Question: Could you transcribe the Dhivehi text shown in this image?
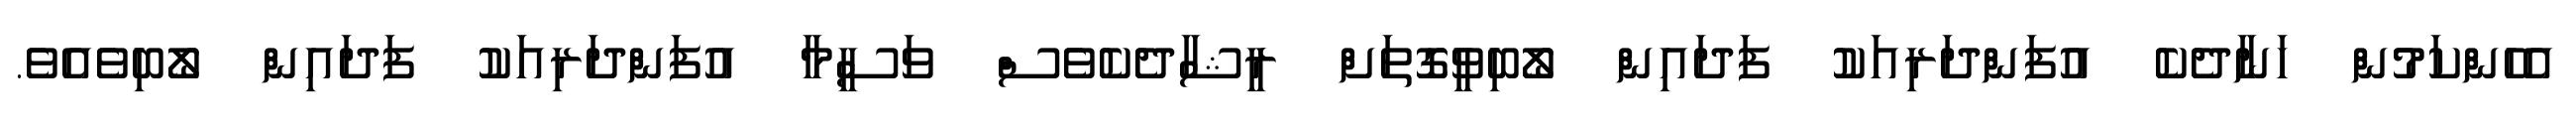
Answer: އެހެންކަމުން ހަނާދެކެ އުފަންދަރިއަކު ފަދައިން ލޯބިވީގޮތަށް ރީޝާދެކެވެސް ވަސީމާ އުފަންދަރިއަކު ފަދައިން ލޯބިވެއެވެ.